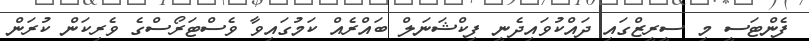
ފެންޓަސީ މި ސީރީޒްގައި ދައްކުވައިދެނީ ފިކްޝަނަލް ބައްރެއް ކަމުގައިވާ ވެސްޓަރޯސްގެ ވެރިކަން ކުރަން